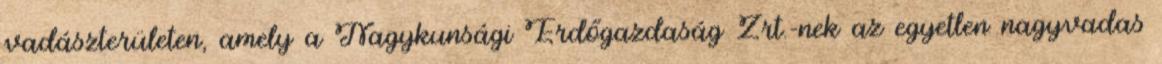
vadászterületen, amely a Nagykunsági Erdőgazdaság Zrt.-nek az egyetlen nagyvadas